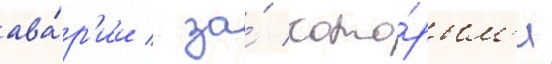
ава́р'ии / за́ кото́рым'и